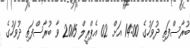
ބުރާސްފަތި ދުވަހުގެ 14:00 އަށް 02 އެޕްރީލް 2015 ވާ ބުރާސްފަތި ދުވަހުގެ